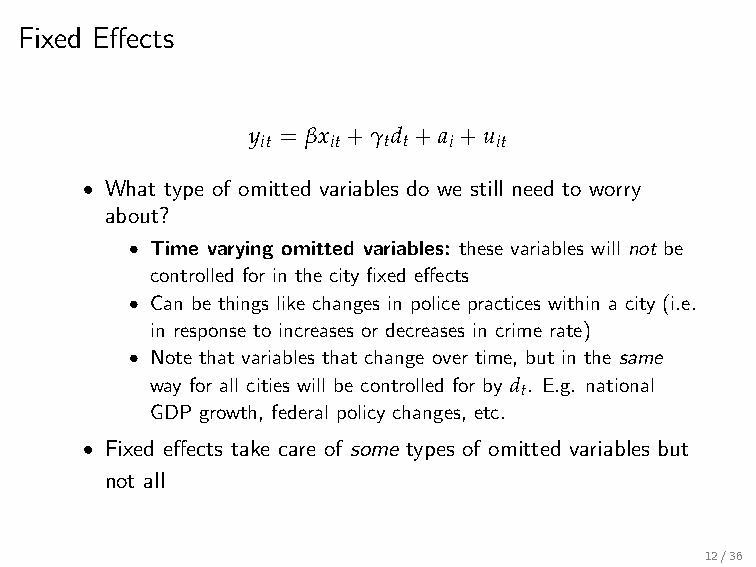
Fixed Effects
 y = βx +γ d +a +u
 it   it t t  i  it
 • What type of omitted variables do we still need to worry
 about?
 • Time varying omitted variables: these variables will not be
 controlled for in the city fixed effects
 • Can be things like changes in police practices within a city (i.e.
 in response to increases or decreases in crime rate)
 • Note that variables that change over time, but in the same
 way for all cities will be controlled for by d . E.g. national
 t
 GDP growth, federal policy changes, etc.
 • Fixed effects take care of some types of omitted variables but
 not all
 12/36